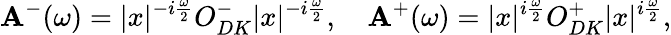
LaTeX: \mathbf{A}^{-}(\omega)=|x|^{-i\frac{{\omega}}{{2}}}O_{DK}^{-}|x|^{-i\frac{{\omega}}{{2}}},\quad\mathbf{A}^{+}(\omega)=|x|^{i\frac{{\omega}}{{2}}}O_{DK}^{+}|x|^{i\frac{{\omega}}{{2}}},